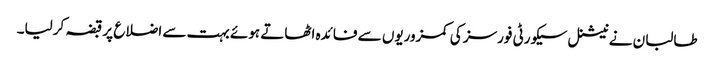
طالبان نے نیشنل سیکورٹی فورسز کی کمزوریوں سے فائدہ اٹھاتے ہوئے بہت سے اضلاع پر قبضہ کرلیا۔